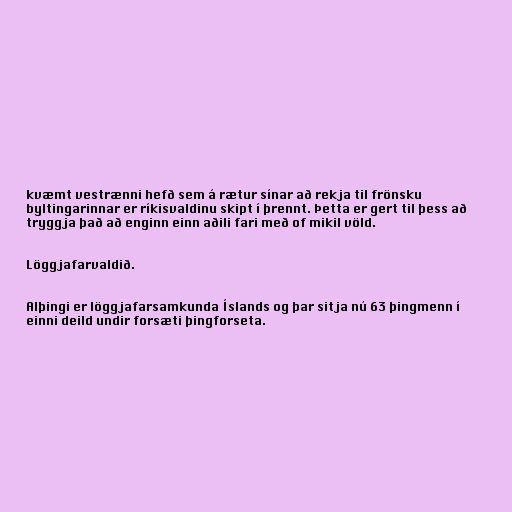
kvæmt vestrænni hefð sem á rætur sínar að rekja til frönsku
byltingarinnar er ríkisvaldinu skipt í þrennt. Þetta er gert til þess að
tryggja það að enginn einn aðili fari með of mikil völd.

Löggjafarvaldið.

Alþingi er löggjafarsamkunda Íslands og þar sitja nú 63 þingmenn í
einni deild undir forsæti þingforseta.